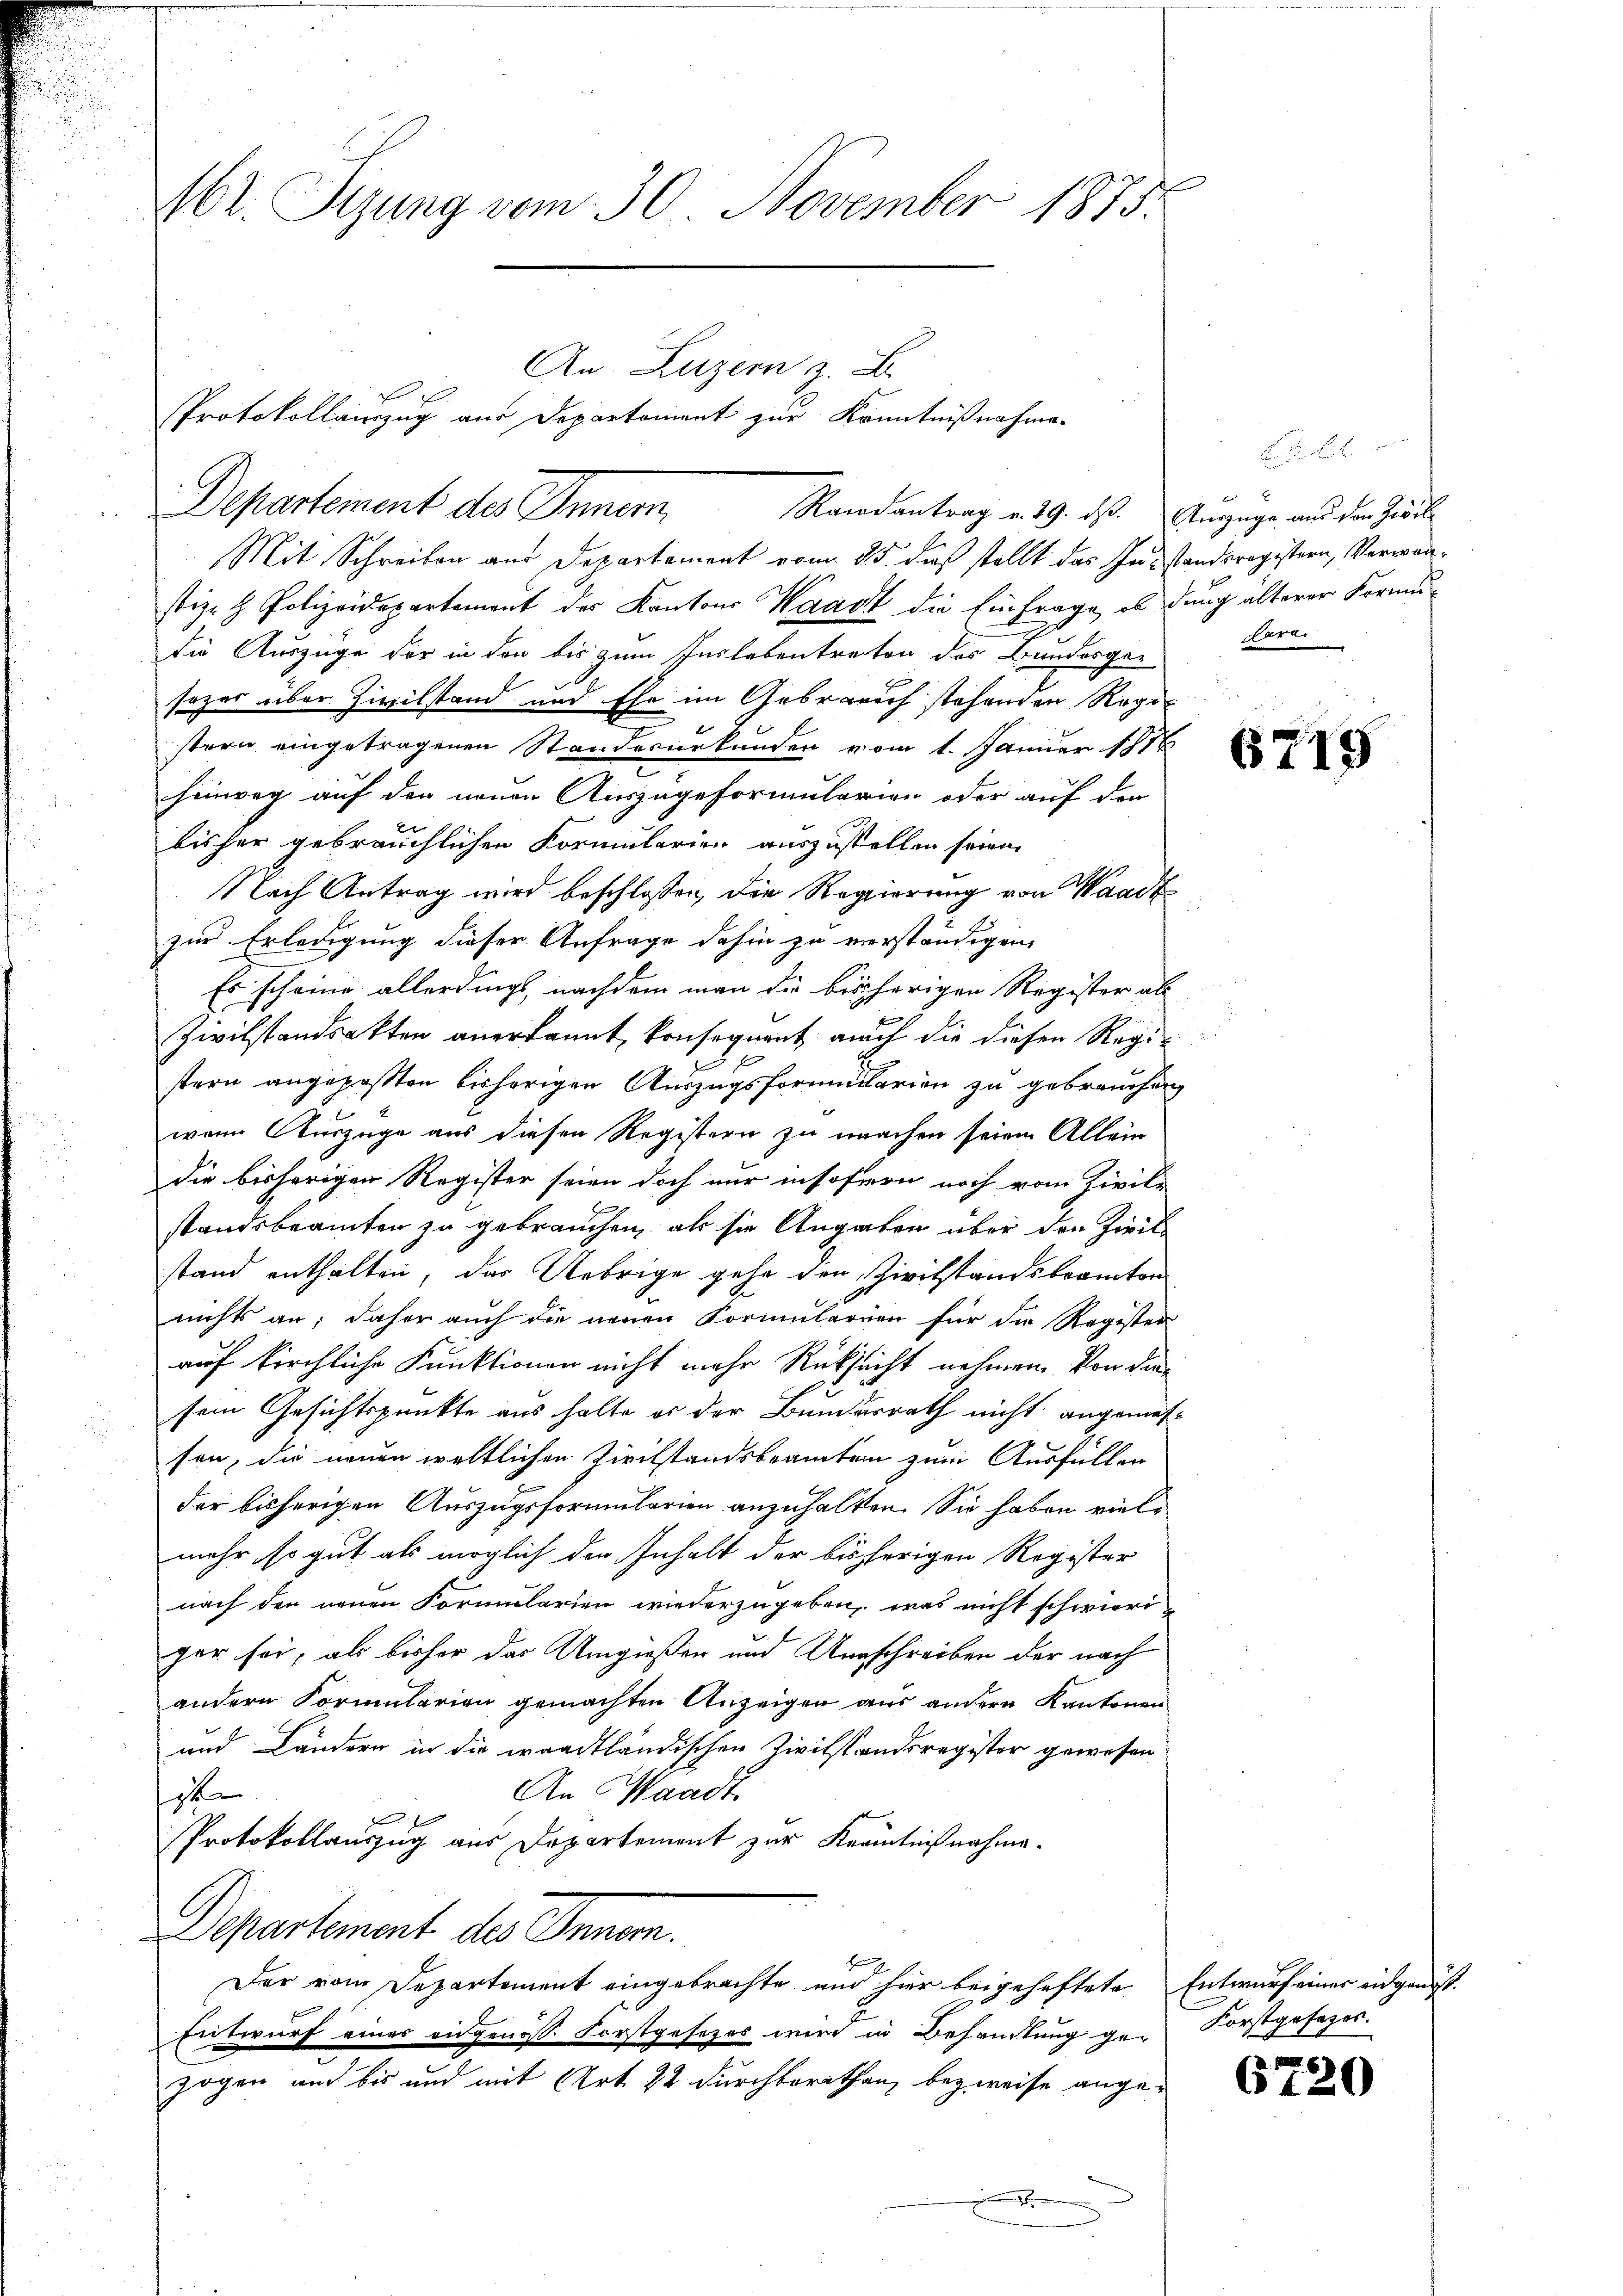
162. Sizung vom 30. November 1875.
An Luzern z. B.
Protokollauszug aus Departement zur Kenntnißnahme-

Departement des Innern
Randantrag v. 19. ds. Auszüge aus den Zwil

Mit Schreiben aus Departament vom 25. dieß stellt das Insstandsregistern, Verwanstiz- & Polizeidepartement des Kantons Waadt die Einfrage, ob dunch älterer Formudie Auszüge der in den bis zum Inslebentreten des Bunderger Berasogar über Zivilstand und Ehe im Gebrauch stehenden Rege
stern eingetragenen Standesurkunden vom 1. Januar 1816
hinweg auf den neuen Auszugeformularien oder auf der
bisher gebräuchlichen Formularien auszustellen seien.
Nach Antrag wird beschlossen, die Regierung von Waadt
zur Erledigung dieser Anfrage dahin zu verständigen,
Es scheine allerdings, nachdem man die bisherigen Register als
Zivilstandsakten anerkannt, konsequent auch die diesen Registern angepaßten bisherigen Auszugsformularien zu gebrauchen
wenn Auszüge aus diesen Registern zu machen seien Allein
die bisherigen Register seien doch nur insofern noch vom Zivile
standsbeamten zu gebrauchen, als sie Angaben über den Zivilstand enthalten, das Uebrige gehe den Zivilstandsbeamten
nichts an; daher auch die neuen Formularien für die Register
auf kirchliche Funktionen nicht mehr Rücksicht nehmen. Von die
sem Gesichtspunkte aus halte es der Bundesrath nicht angemessen, die neuen weltlichen Zivilstandsbeamten zum Ausfüllen
der bisherigen Auszugsformularien anzuhalten. Sie haben vielmehr so gut als möglich den Inhalt der bisherigen Register
nach den neuen Formularien wiederzugeben, was nicht schwieriger sei, als bisher das Umgießen und Umschreiben der nach
andern Formularien gemachten Anzeigen aus andern Kantonen
und Ländern in die waadtländischen Zivilstandsregister gewesen
An Waadt.
s
Protokollauszug aus Departement zur Kenntnißnahme.
Departement des Innern.
E
Der vom Departement eingebrachte und hier beigeheftete Entwurf einer eidgenös-
Entwurf eines eidgenöss. Forstgesetzes wird in Behandlung ge- Forstgesezes:
zogen und bis und mit Art. 22 durchterathen, bezweise ange¬
.

E

6719

6720